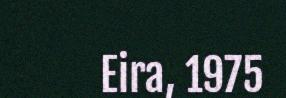
Eira, 1975